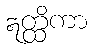
ဣတ္ထိကာ